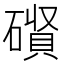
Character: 𮁃